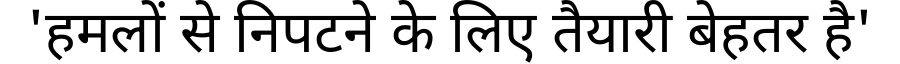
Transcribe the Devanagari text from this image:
'हमलों से निपटने के लिए तैयारी बेहतर है'